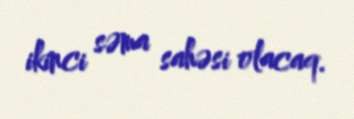
ikinci səma sahəsi olacaq.